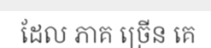
ដែល ភាគ ច្រើន គេ